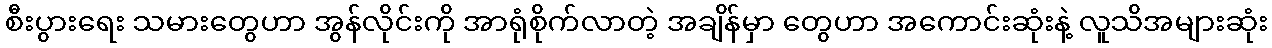
စီးပွားရေး သမားတွေဟာ အွန်လိုင်းကို အာရုံစိုက်လာတဲ့ အချိန်မှာ တွေဟာ အကောင်းဆုံးနဲ့ လူသိအများဆုံး